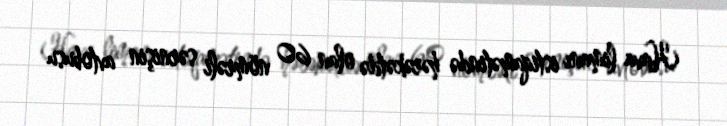
Hava limanı istiqamətində hərəkətdə olan 60 nömrəli sərnişin avtobusu